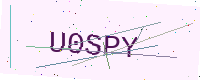
Text: U0SPY